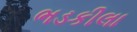
ભડકીલા